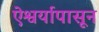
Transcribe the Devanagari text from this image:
ऐश्वर्यापासून